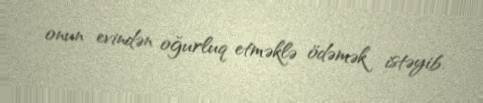
onun evindən oğurluq etməklə ödəmək istəyib.